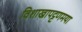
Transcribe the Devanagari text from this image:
विशाखापट्टणमया